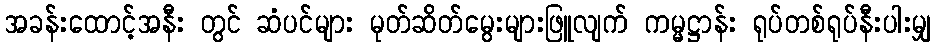
အခန်းထောင့်အနီး တွင် ဆံပင်များ မုတ်ဆိတ်မွေးများဖြူလျက် ကမ္မဋ္ဌာန်း ရုပ်တစ်ရုပ်နီးပါးမျှ